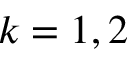
k = 1 , 2